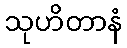
သုဟိတာနံ